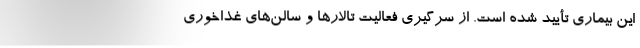
این بیماری تأیید شده است. از سرگیری فعالیت تالارها و سالن‌های غذاخوری